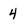
Character: 4